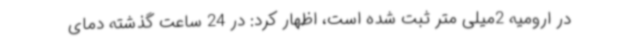
در ارومیه 2میلی متر ثبت شده است، اظهار کرد: در 24 ساعت گذشته دمای